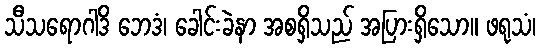
သီသရောဂါဒိ ဘေဒံ၊ ခေါင်းခဲနာ အစရှိသည် အပြားရှိသော။ ဖရုသံ၊